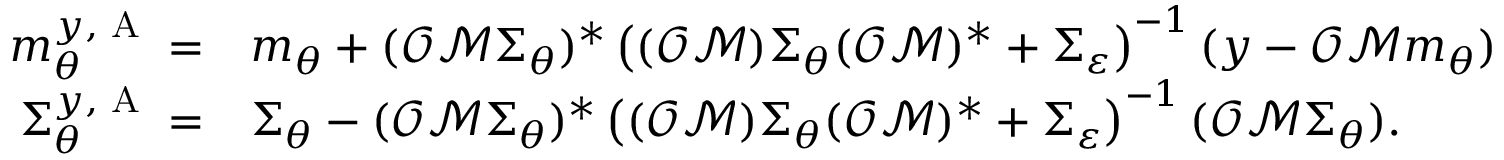
\begin{array} { r l } { m _ { \theta } ^ { y , \textup { A } } = } & { m _ { \theta } + ( \mathcal { O } \mathcal { M } \Sigma _ { \theta } ) ^ { \ast } \left( ( \mathcal { O } \mathcal { M } ) \Sigma _ { \theta } ( \mathcal { O } \mathcal { M } ) ^ { \ast } + \Sigma _ { \varepsilon } \right) ^ { - 1 } ( y - \mathcal { O } \mathcal { M } m _ { \theta } ) } \\ { \Sigma _ { \theta } ^ { y , \textup { A } } = } & { \Sigma _ { \theta } - ( \mathcal { O } \mathcal { M } \Sigma _ { \theta } ) ^ { \ast } \left( ( \mathcal { O } \mathcal { M } ) \Sigma _ { \theta } ( \mathcal { O } \mathcal { M } ) ^ { \ast } + \Sigma _ { \varepsilon } \right) ^ { - 1 } ( \mathcal { O } \mathcal { M } \Sigma _ { \theta } ) . } \end{array}